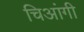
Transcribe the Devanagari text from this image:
चिआंगी